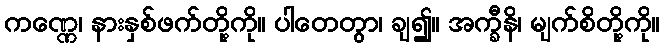
ကဏ္ဏေ၊ နားနှစ်ဖက်တို့ကို။ ပါတေတွာ၊ ချ၍။ အက္ခီနိ၊ မျက်စိတို့ကို။